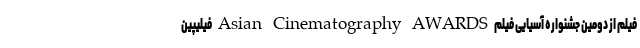
فیلم از دومین جشنواره آسیایی فیلم Asian Cinematography AWARDS فیلیپین